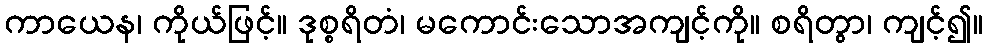
ကာယေန၊ ကိုယ်ဖြင့်။ ဒုစ္စရိတံ၊ မကောင်းသောအကျင့်ကို။ စရိတွာ၊ ကျင့်၍။